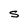
Character: S